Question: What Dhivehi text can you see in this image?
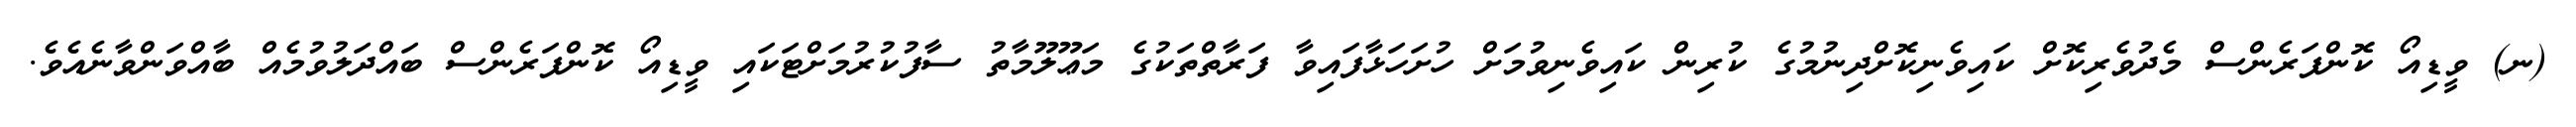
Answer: (ނ) ވީޑިއޯ ކޮންފަރެންސް މެދުވެރިކޮށް ކައިވެނިކޮށްދިނުމުގެ ކުރިން ކައިވެނިވުމަށް ހުށަހަޅާފައިވާ ފަރާތްތަކުގެ މަޢޫލޫމާތު ސާފުކުރުމަށްޓަކައި ވީޑިއޯ ކޮންފަރެންސް ބައްދަލުވުމެއް ބާއްވަންވާނެއެވެ.